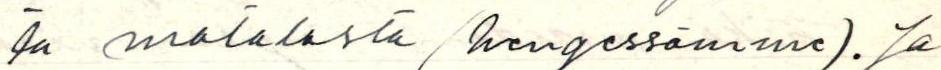
ta matalasta (hengessämme). Ja